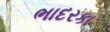
ભાદરકા